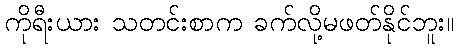
ကိုရီးယား သတင်းစာက ခက်လို့မဖတ်နိုင်ဘူး။